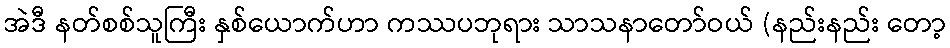
အဲဒီ နတ်စစ်သူကြီး နှစ်ယောက်ဟာ ကဿပဘုရား သာသနာတော်ဝယ် (နည်းနည်း တော့